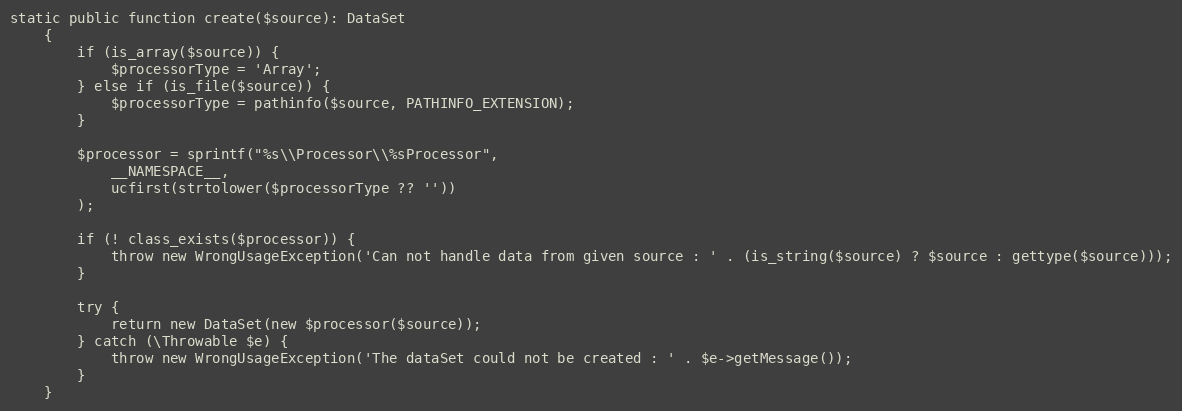
Language: PHP
static public function create($source): DataSet
    {
        if (is_array($source)) {
            $processorType = 'Array';
        } else if (is_file($source)) {
            $processorType = pathinfo($source, PATHINFO_EXTENSION);
        }

        $processor = sprintf("%s\\Processor\\%sProcessor",
            __NAMESPACE__,
            ucfirst(strtolower($processorType ?? ''))
        );

        if (! class_exists($processor)) {
            throw new WrongUsageException('Can not handle data from given source : ' . (is_string($source) ? $source : gettype($source)));
        }

        try {
            return new DataSet(new $processor($source));
        } catch (\Throwable $e) {
            throw new WrongUsageException('The dataSet could not be created : ' . $e->getMessage());
        }
    }